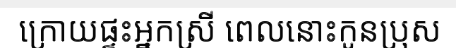
ក្រោយផ្ទះអ្នកស្រី ពេលនោះកូនប្រុស